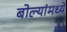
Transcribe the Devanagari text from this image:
बोल्यांमध्ये